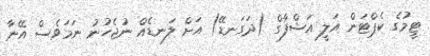
ޓީމުގެ ކެޕްޓަން އަލީ އަޝްފާގް (ދަގަނޑޭ) އަށް ލަނޑެއް ނުޖެހުނު ނަމަވެސް އޭނާ